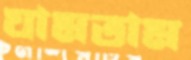
ঘামতাম